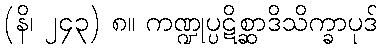
(နိ၊ ၂၄၃) ၈။ ကဏ္ဍုပ္ပဋိစ္ဆာဒိသိက္ခာပုဒ်